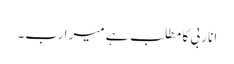
انا ربی کا مطلب ہے میرا رب۔